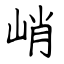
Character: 峭